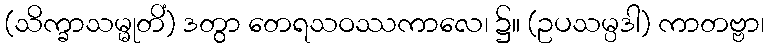
(သိက္ခာသမ္မုတိံ) ဒတွာ တေရသဝဿကာလေ၊ ၌။ (ဥပသမ္ပဒါ) ကာတဗ္ဗာ၊